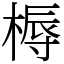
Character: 槈